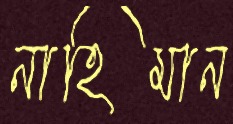
নাহিমান